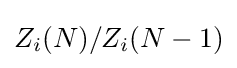
Z_{i}(N)/Z_{i}(N-1)